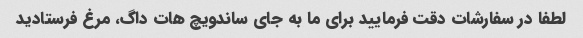
لطفا در سفارشات دقت فرمایید برای ما به جای ساندویچ هات داگ، مرغ فرستادید